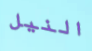
النيل